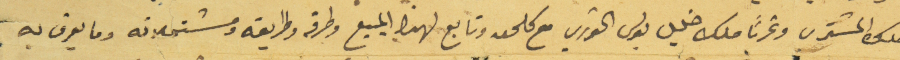
ملك المشترى وغرباً ملك خليل بولس الخوري مع كلحق وتابع لهذا المبيع وطرقه وطرايقه ومسَتحلاقه وما يعرف به